Report on lock hospitals in British Burma
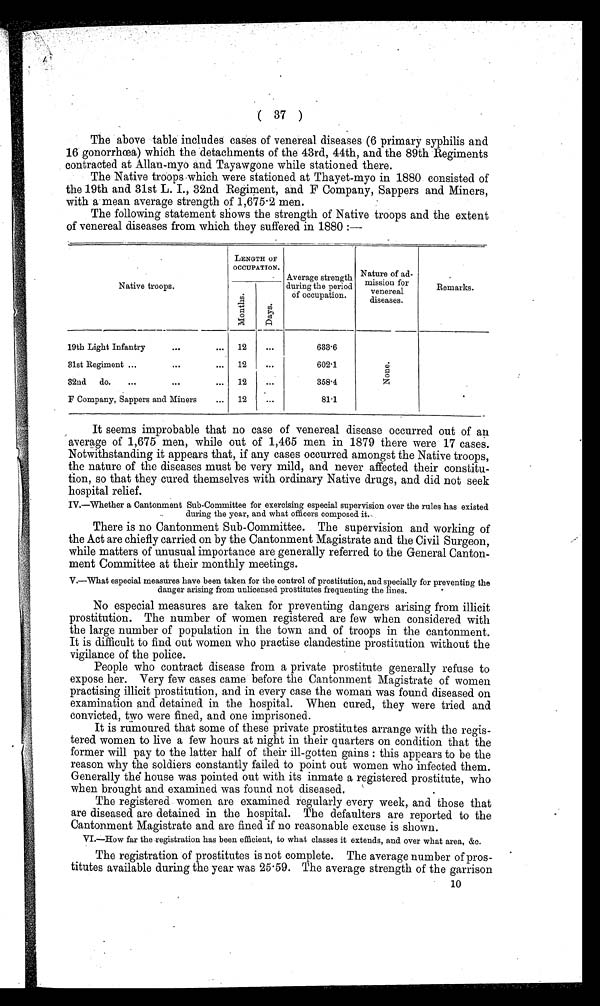
( 37 )
The above table includes cases of venereal diseases (6 primary syphilis and
16 gonorrhœa) which the detachments of the 43rd, 44th, and the 89th Regiments
contracted at Allan-myo and Tayawgone while stationed there.
The Native troops which were stationed at Thayet-myo in 1880 consisted of
the 19th and 31st L. I., 32nd Regiment, and F Company, Sappers and Miners,
with a mean average strength of 1,675.2 men.
The following statement shows the strength of Native troops and the extent
of venereal diseases from which they suffered in 1880 :—
Native troops.
LENGTH OF
OCCUPATION.
Average strength
during the period
of occupation.
Nature of ad-
mission for
venereal
diseases.
Remarks.
M o n t h s
D a y s
19th Light Infantry
. . .
...
12
...
633.6
N o n e .
31st Regiment ...
. . .
...
12
...
602.1
32nd
do.
...
...
. . 1 2
. . .
358.4
F Company, Sappers and Miners
...
12
...
81.1
It seems improbable that no case of venereal disease occurred out of an
average of 1,675 men, while out of 1,465 men in 1879 there were 17 cases.
Notwithstanding it appears that, if any cases occurred amongst the Native troops,
the nature of the diseases must be very mild, and never affected their constitu-
tion, so that they cured themselves with ordinary Native drugs, and did not seek
hospital relief.
IV.—Whether a Cantonment Sub-Committee for exercising especial supervision over the rules has existed
during the year, and what officers composed it.
There is no Cantonment Sub-Committee. The supervision and working of
the Act are chiefly carried on by the Cantonment Magistrate and the Civil Surgeon,
while matters of unusual importance are generally referred to the General Canton-
ment Committee at their monthly meetings.
V.—What especial measures have been taken for the control of prostitution, and specially for preventing the
danger arising from unlicensed prostitutes frequenting the lines.
No especial measures are taken for preventing dangers arising from illicit
prostitution. The number of women registered are few when considered with
the large number of population in the town and of troops in the cantonment.
It is difficult to find out women who practise clandestine prostitution without the
vigilance of the police.
People who contract disease from a private prostitute generally refuse to
expose her. Very few cases came before the Cantonment Magistrate of women
practising illicit prostitution, and in every case the woman was found diseased on
examination and detained in the hospital. When cured, they were tried and
convicted, two were fined, and one imprisoned.
It is rumoured that some of these private prostitutes arrange with the regis-
tered women to live a few hours at night in their quarters on condition that the
former will pay to the latter half of their ill-gotten gains : this appears to be the
reason why the soldiers constantly failed to point out women who infected them.
Generally the house was pointed out with its inmate a registered prostitute, who
when brought and examined was found not diseased.
The registered women are examined regularly every week, and those that
are diseased are detained in the hospital. The defaulters are reported to the
Cantonment Magistrate and are fined if no reasonable excuse is shown.
VI.—How far the registration has been efficient, to what classes it extends, and over what area, &c.
The registration of prostitutes is not complete. The average number of pros-
titutes available during the year was 25.59. The average strength of the garrison
• 10